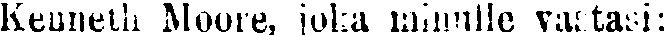
Kenneth Moore, joka minulle vastasi: